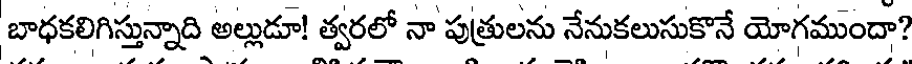
బాధకలిగిస్తున్నాది అల్లుడూ! త్వరలో నా పుత్రులను నేనుకలుసుకొనే యోగముందా?